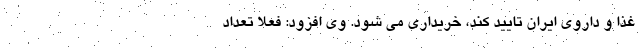
غذا و داروی ایران تایید کند، خریداری می شود. وی افزود: فعلا تعداد